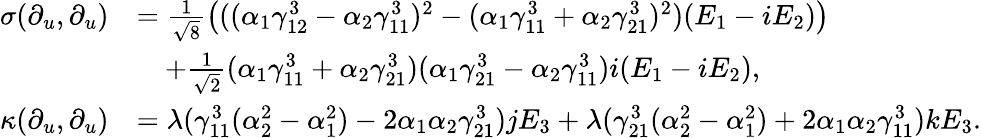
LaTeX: \begin{array}{rl}{\sigma(\partial_{u},\partial_{u})}&{=\frac{1}{\sqrt{8}}\left(((\alpha_{1}\gamma_{12}^{3}-\alpha_{2}\gamma_{11}^{3})^{2}-(\alpha_{1}\gamma_{11}^{3}+\alpha_{2}\gamma_{21}^{3})^{2})(E_{1}-iE_{2})\right)}\\ &{\quad+\frac{1}{\sqrt{2}}(\alpha_{1}\gamma_{11}^{3}+\alpha_{2}\gamma_{21}^{3})(\alpha_{1}\gamma_{21}^{3}-\alpha_{2}\gamma_{11}^{3})i(E_{1}-iE_{2}),}\\ {\kappa(\partial_{u},\partial_{u})}&{=\lambda(\gamma_{11}^{3}(\alpha_{2}^{2}-\alpha_{1}^{2})-2\alpha_{1}\alpha_{2}\gamma_{21}^{3})jE_{3}+\lambda(\gamma_{21}^{3}(\alpha_{2}^{2}-\alpha_{1}^{2})+2\alpha_{1}\alpha_{2}\gamma_{11}^{3})kE_{3}.}\end{array}